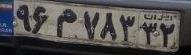
۹۶م۷۸۳۳۲